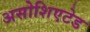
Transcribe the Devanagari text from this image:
असोशिएटेड